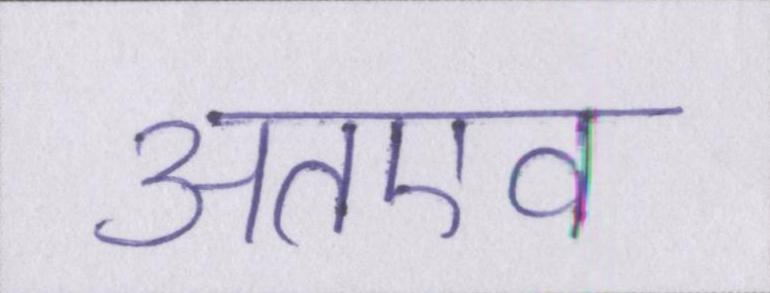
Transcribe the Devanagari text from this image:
अतएव